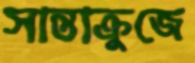
সান্তাক্রুজে